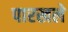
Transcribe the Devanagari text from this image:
पारखले